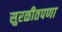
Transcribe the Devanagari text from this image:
सुरळीतपणा